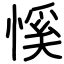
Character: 慀